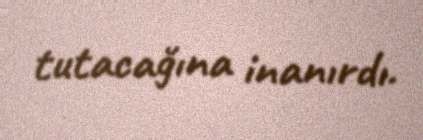
tutacağına inanırdı.